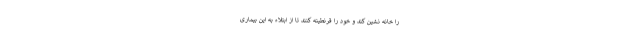
را خانه نشین کند و خود را قرنطینه کنند تا از ابتلاء به این بیماری